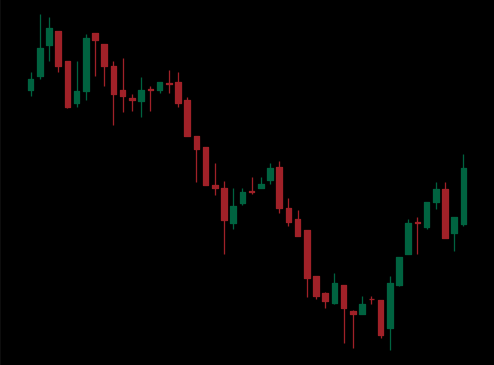
Pattern: bull_flag